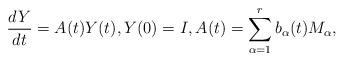
LaTeX: \begin{align*} \frac{dY}{dt} = A(t) Y(t) , Y(0) = I , A(t) = \sum_{\alpha = 1}^{r} b_\alpha(t) M_\alpha ,\end{align*}